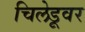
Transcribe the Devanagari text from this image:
चिलेडूवर